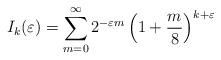
LaTeX: \begin{align*}I_{k}(\varepsilon )=\sum_{m=0}^{\infty }2^{-\varepsilon m}\left( 1+\frac{m}{8}\right) ^{k+\varepsilon } \end{align*}